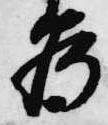
為